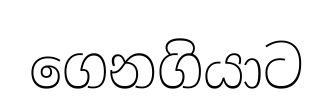
ගෙනගියාට